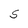
Character: S